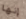
إنها